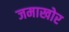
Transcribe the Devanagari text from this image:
जमाखोर